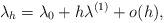
LaTeX: \begin{align*}\lambda_h = \lambda_0 + h\lambda^{(1)} +o(h) , \end{align*}